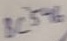
Text: BC546